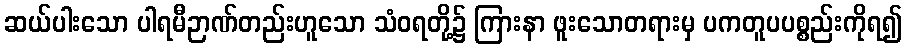
ဆယ်ပါးသော ပါရမီဉာဏ်တည်းဟူသော သံဝရတို့၌ ကြားနာ ဖူးသောတရားမှ ပကတူပပစ္စည်းကိုရ၍